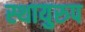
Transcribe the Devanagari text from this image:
स्थायुरुप